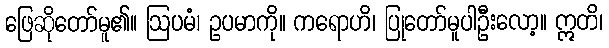
ဖြေဆိုတော်မူ၏။ ဩပမံ၊ ဥပမာကို။ ကရောဟိ၊ ပြုတော်မူပါဦးလော့။ ဣတိ၊